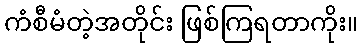
ကံစီမံတဲ့အတိုင်း ဖြစ်ကြရတာကိုး။